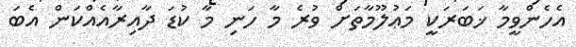
އެހެންވީމާ ޚަބަރަކީ މަޢުލޫމާތަށް ވުރެ މާ ހަނި މާ ކުޑަ ދާއިރާއެއްކަން އެބަ